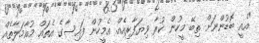
"އެއީ ބޮޑުންނަށް ތިބޭ މީހުން ކުރާ ވިޔަފާރިއެއް. އެމީހުން ފައިސާގެ އެތައް މުއާމަލާތެއް